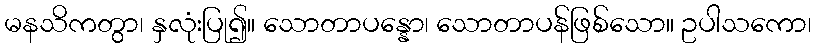
မနသိကတွာ၊ နှလုံးပြု၍။ သောတာပန္နော၊ သောတာပန်ဖြစ်သော။ ဥပါသကော၊